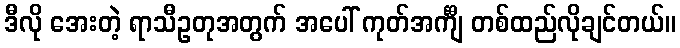
ဒီလို အေးတဲ့ ရာသီဥတုအတွက် အပေါ် ကုတ်အင်္ကျီ တစ်ထည်လိုချင်တယ်။